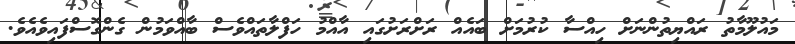
މައުލޫމާތު ރައްޔިތުންނަށް ހިއްސާ ކުރުމަށް ބައެއް ރަށްރަށުގައި އާއްމު ހަފްލާތައްވެސް ބާއްވަމުން ގެންގޮސްފައިވެއެވެ.